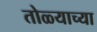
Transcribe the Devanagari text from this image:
तोळ्याच्या